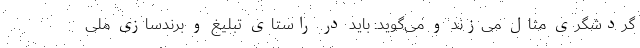
گردشگری مثال می‌زند و می‌گوید: باید در راستای تبلیغ و برندسازی ملی